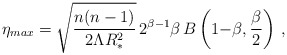
\begin{align*}\eta_{max} =\sqrt{n(n-1)\over 2\Lambda R_*^2}\, 2^{\beta{-}1} \beta\, B\left(1{-}\beta,{\beta\over 2}\right) \, ,\end{align*}